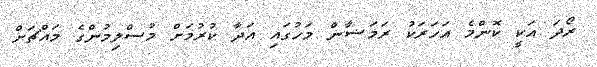
ރޯދަ އަކީ ކޮންމެ އަހަރަކު ރަމަޟާން މަހުގައި އަދާ ކުރުމަށް މުސްލިމުންގެ މައްޗަށް